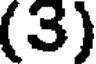
(3)